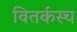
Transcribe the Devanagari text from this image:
वितर्कस्च